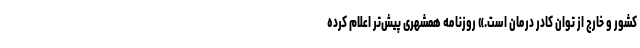
کشور و خارج از توان کادر درمان است.» روزنامه همشهری پیش‌تر اعلام کرده